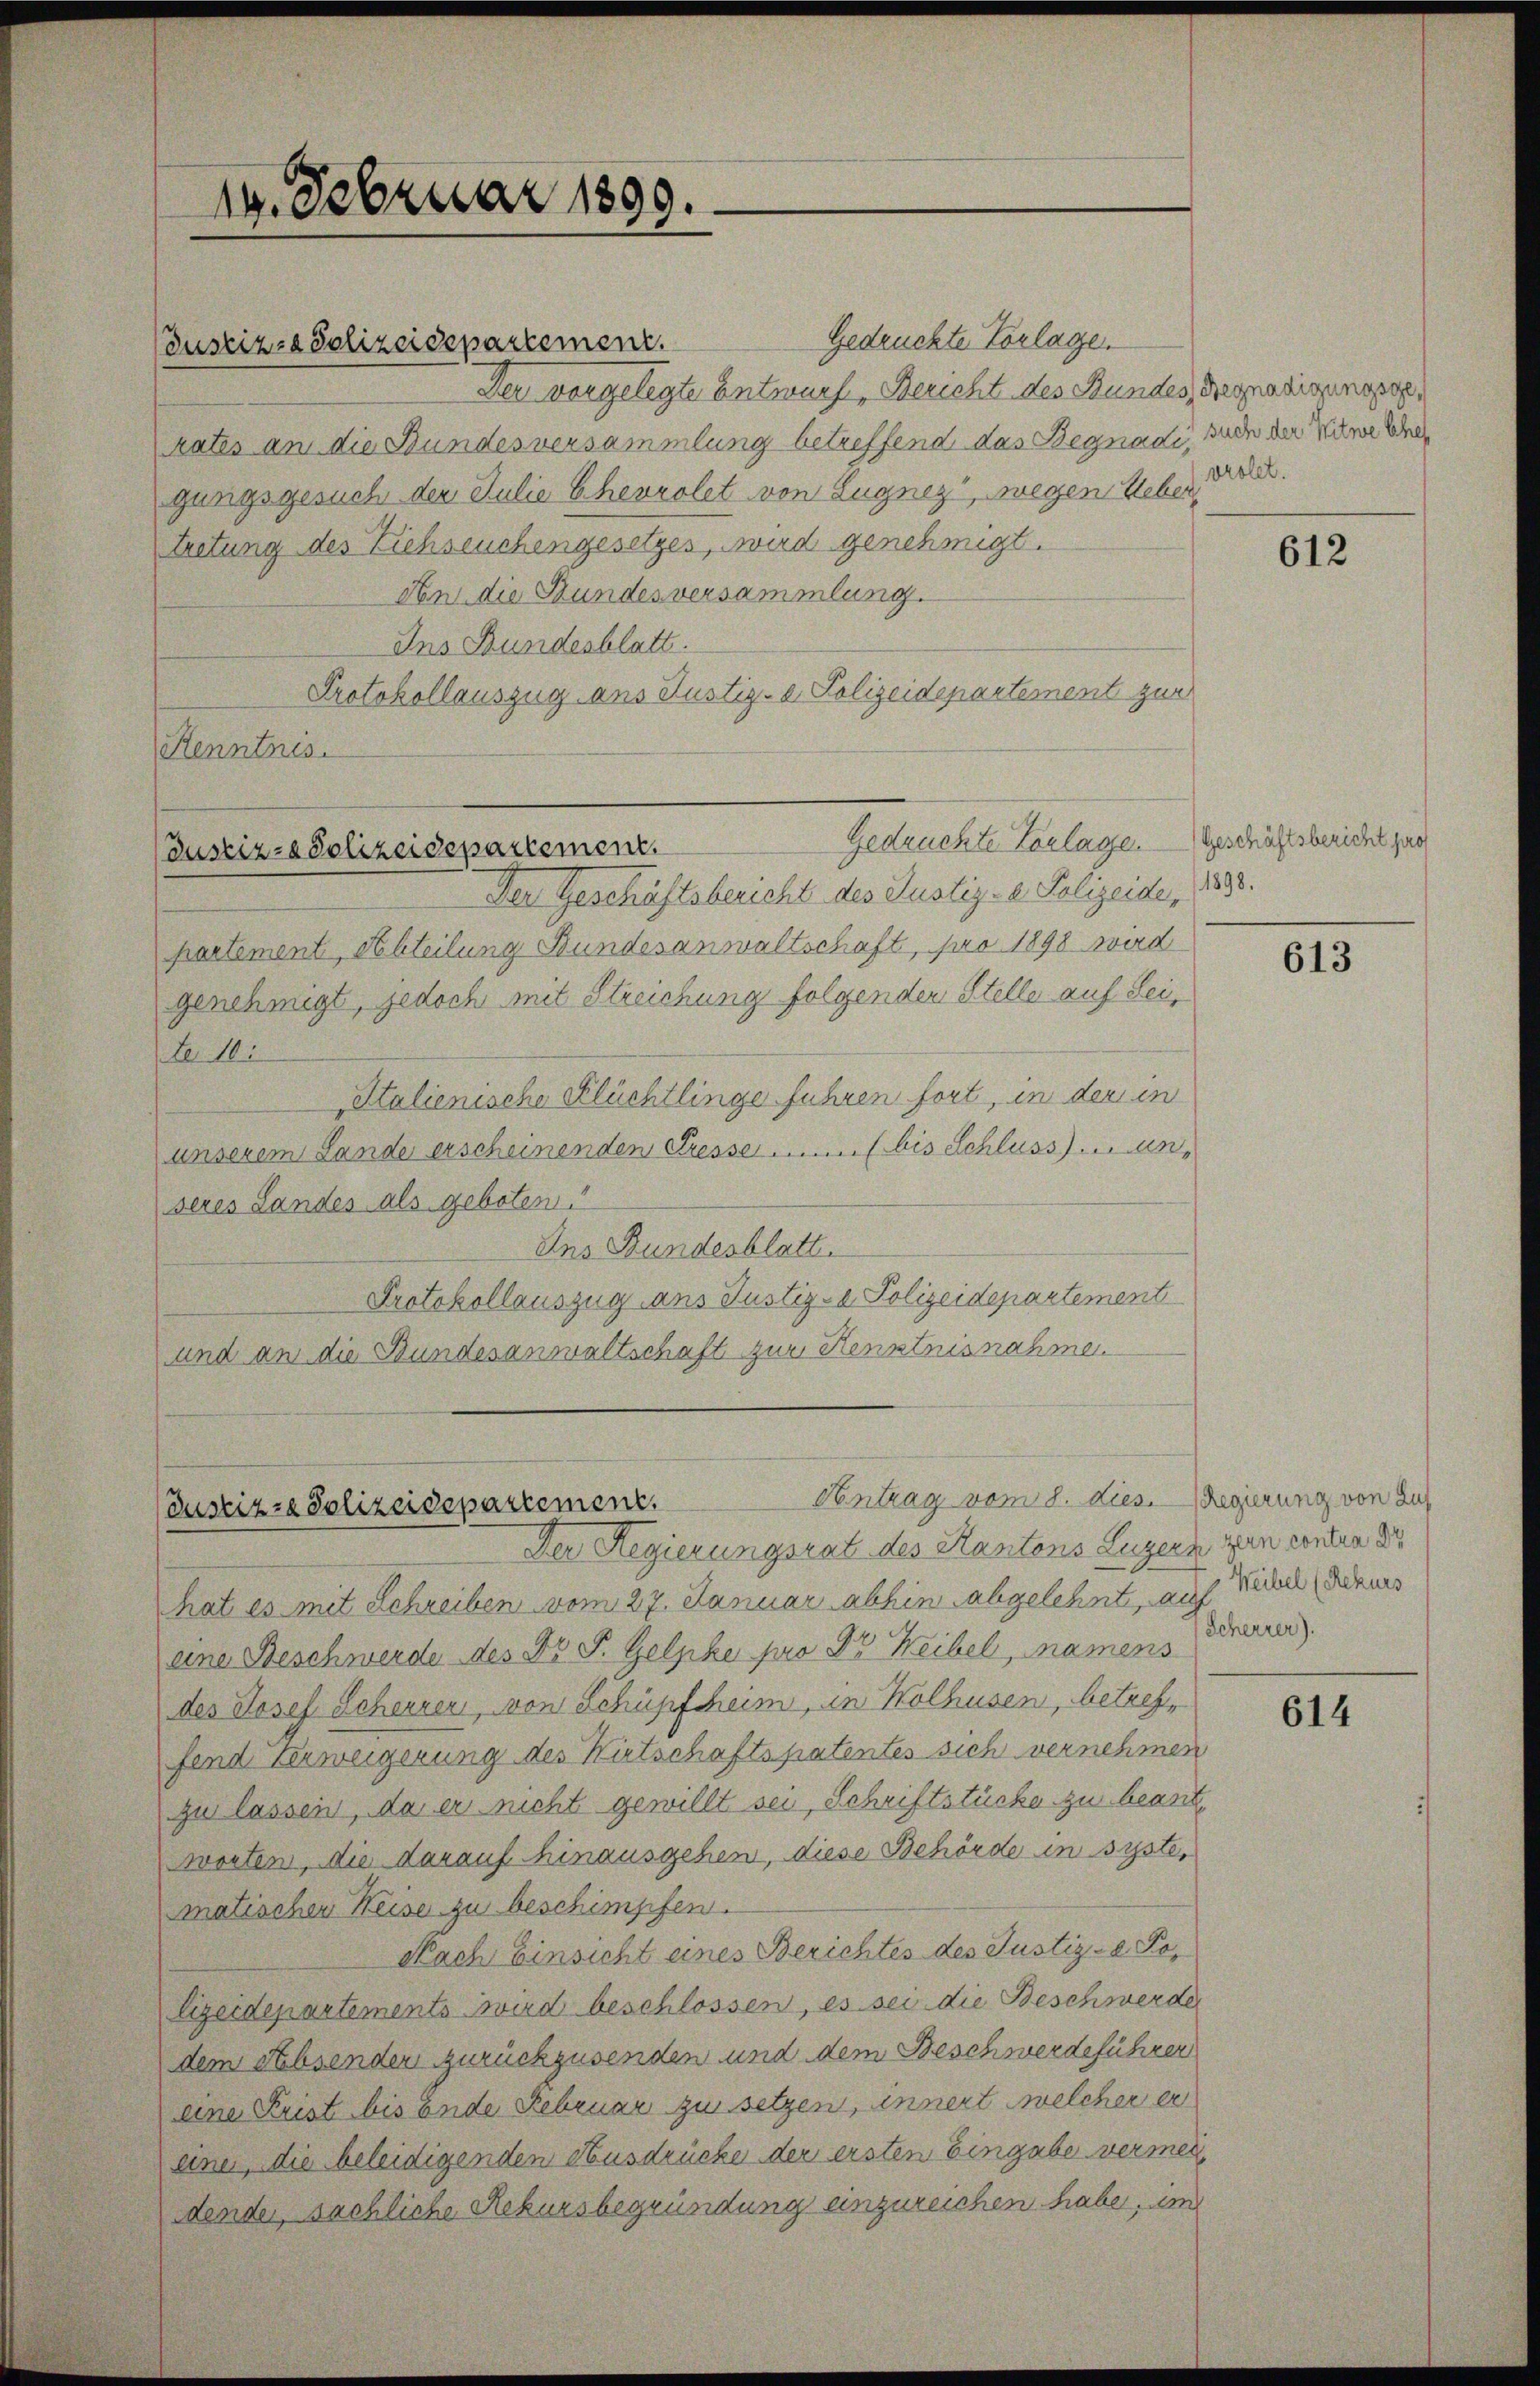
19. Februar 1899.

Gedruckte Vorlage.
Justizza Polizeidepartement.
Der vorgelegte Entwurf, Bericht des Bundes Begnadigungsg
kates an die Bundesversammlung betreffend das Begnadi, such der Witwe Ehre
gangsgesuch den Julie Chevrolet von Eugnez, wegen Uebertretung des Ziehseuchengesetzes, wird genehmigt.
An die Stundesversammlung.
Ins Bundesblatt.
Protokollauszug aus Justiz- & Polizeidepartement zur
Kenntnis.
Der Geschäftsbericht des Justiz- & Polizeide, 18888.
partement, Abteilung Bundesanwaltschaft, pro 1898 wird
genehmigt, jedoch mit Streichung folgenden Stelle auf Sei¬
L 10.
Italienische Flüchtlinge führen fort, in der in
unserem Lande erscheinenden Presse ....... (bis Schluss) un
seres Landes als geboten
Ins Bundesblatt.
Protokollauszug ans Justiz- & Polizeidepartement
und an die Bundesanwaltschaft zur Kenntnisnahme.

Justiz-Polizeidepartement.

Gedruchte Vorlage

Justiz- Polizeidepartement.

Contrag vom 8. dies. - Regierung von Zus

Der Regierungsrat des Kantons Luzern zum contra d
hat es mit Schreiben vom 27. Januar abhin abgelehnte, auch Seckel der uns
eine Beschwerde des Dr. F. Gelpke pro Dr Weibel, namens
des Josef Scherrer, von Schüpfheim, in Kolhusen, betreffend Verweigerung des Wirtschaftspatentes sich vernehmen
zu lassen, da er nicht gewillt sei, Schriftstücke zu beantworten, die darauf hinausgehen, diese Behörde in syste
matischen Weise zu beschimpfen.
Nach Einsicht eines Berichtes des Justiz- & Polizeidepartements wird beschlossen, es sei die Beschwerde
dem Absenden zurückzusenden und dem Beschwerdeführer
eine Frist bis Ende Februar zu setzen, innert welcher er
einer, die beleidigenden Ausdrücke der ersten Eingabe vermeidender, sächliche Rekursbegründung einzureichen habe, und

vrolet.

612

Geschäftsbericht pro

613

Scherrer).

614